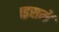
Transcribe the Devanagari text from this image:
।इसमें